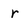
Character: r